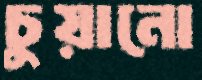
চুয়ানো